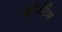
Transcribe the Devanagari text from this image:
फ्लोरंटिन